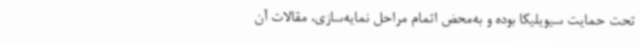
تحت حمایت سیویلیکا بوده و به‌محض اتمام مراحل نمایه‌سازی، مقالات آن